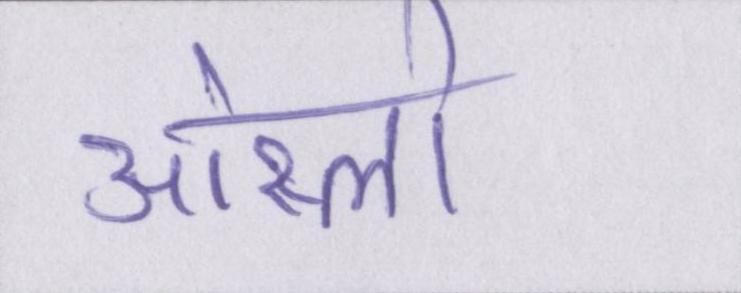
ओस्लो